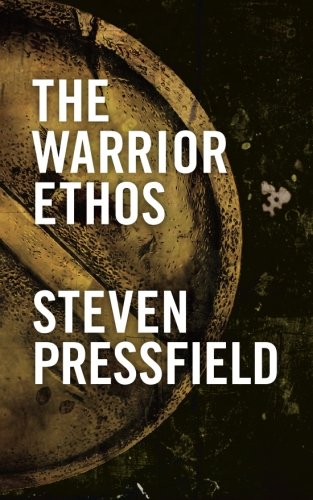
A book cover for The Warrior Ethos; Steven Pressfield; History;